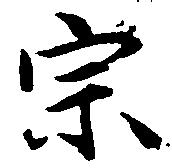
宗